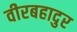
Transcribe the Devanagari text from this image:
वीरबहादुर